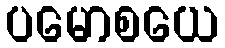
ပမောစယေ